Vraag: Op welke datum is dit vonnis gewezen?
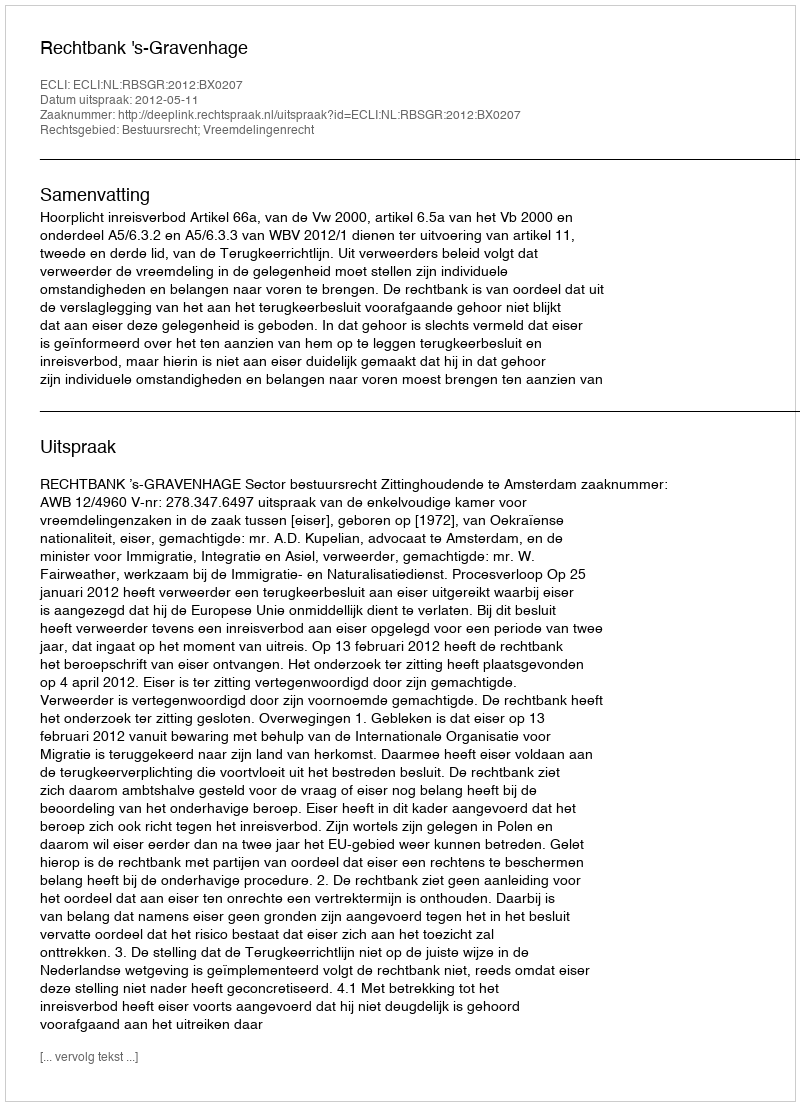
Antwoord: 2012-05-11